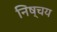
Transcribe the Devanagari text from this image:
निष्चय